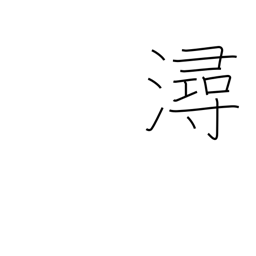
Meaning: banks